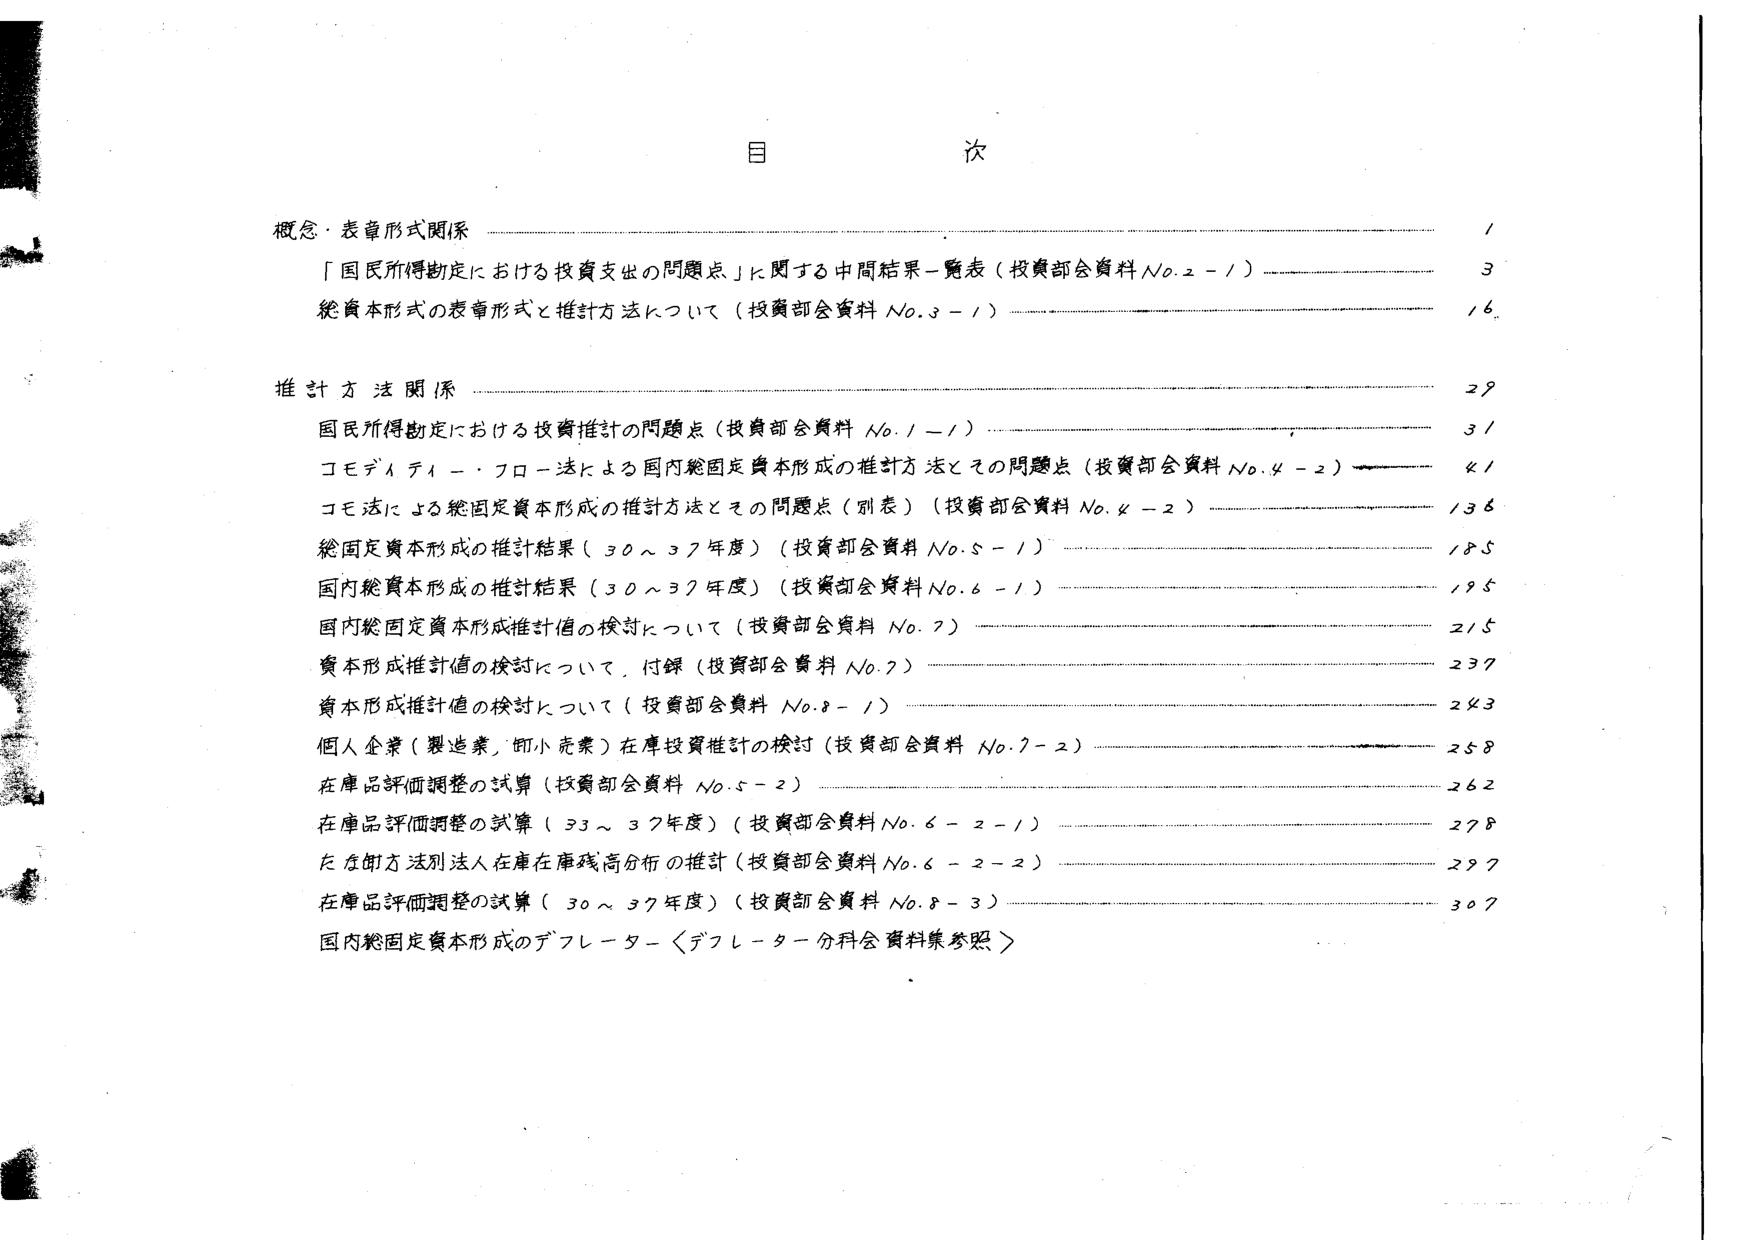
目 次

概念・表章形式関係 …………………………………………………………………………………… 1
「国民所得勘定における投資支出の問題点」に関する中間結果一覧表（投資部会資料 No.2-1） ……………………………………………………………… 3
総資本形式の表章形式と推計方法について（投資部会資料 No.3-1） …………………………………………………………………………………… 16

推計方法関係 ………………………………………………………………………………………… 29
国民所得勘定における投資推計の問題点（投資部会資料 No.1-1） …………………………………………………………………………………… 31
コモディティ・フロー法による国内総固定資本形成の推計方法とその問題点（投資部会資料 No.4-2） ……………………………………………………………… 41
コモ法による総固定資本形成の推計方法とその問題点（別表）（投資部会資料 No.4-2） …………………………………………………………………………………… 136
総固定資本形成の推計結果（30～37年度）（投資部会資料 No.5-1） …………………………………………………………………………………… 145
国内総資本形成の推計結果（30～37年度）（投資部会資料 No.6-1） …………………………………………………………………………………… 195
国内総固定資本形成推計値の検討について（投資部会資料 No.7） …………………………………………………………………………………… 215
資本形成推計値の検討について、付録（投資部会資料 No.7） …………………………………………………………………………………… 237
資本形成推計値の検討について（投資部会資料 No.8-1） …………………………………………………………………………………… 243
個人企業（製造業、卸小売業）在庫投資推計の検討（投資部会資料 No.7-2） …………………………………………………………………………………… 258
在庫品評価調整の試算（投資部会資料 No.5-2） …………………………………………………………………………………… 262
在庫品評価調整の試算（33～37年度）（投資部会資料 No.6-2-1） …………………………………………………………………………………… 278
たな卸方法別法人在庫在庫残高分布の推計（投資部会資料 No.6-2-2） …………………………………………………………………………………… 297
在庫品評価調整の試算（30～37年度）（投資部会資料 No.8-3） …………………………………………………………………………………… 307
国内総固定資本形成のデフレーター〈デフレーター分科会資料集参照〉